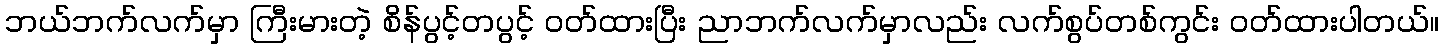
ဘယ်ဘက်လက်မှာ ကြီးမားတဲ့ စိန်ပွင့်တပွင့် ဝတ်ထားပြီး ညာဘက်လက်မှာလည်း လက်စွပ်တစ်ကွင်း ဝတ်ထားပါတယ်။